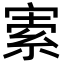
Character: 𡩡